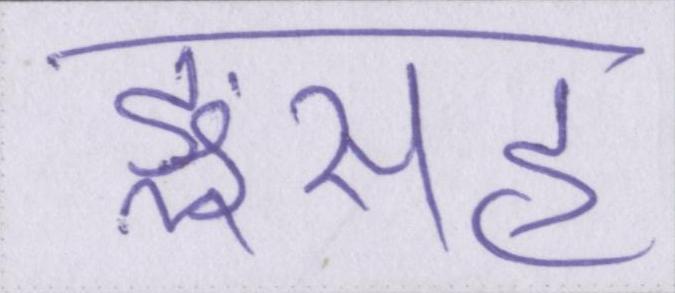
ङ्क्षसह